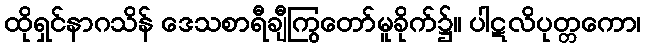
ထိုရှင်နာဂသိန် ဒေသစာရီချီကြွတော်မူခိုက်၌။ ပါဋလိပုတ္တကော၊